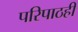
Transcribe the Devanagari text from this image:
परिपाठही